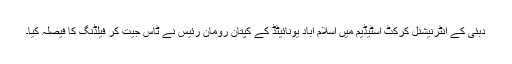
دبئی کے انٹرنیشنل کرکٹ اسٹیڈیم میں اسلام آباد یونائیٹڈ کے کپتان رومان رئیس نے ٹاس جیت کر فیلڈنگ کا فیصلہ کیا۔